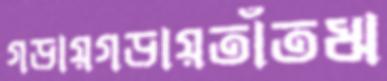
গড়ায়গড়ায়তাঁতঋ